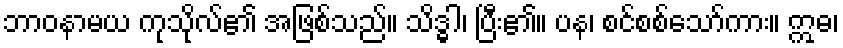
ဘာဝနာမယ ကုသိုလ်၏ အဖြစ်သည်။ သိဒ္ဓါ၊ ပြီး၏။ ပန၊ စင်စစ်သော်ကား။ ဣဓ၊